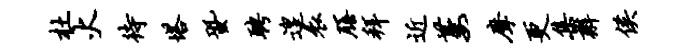
杜火待塔蛩聘遑表膳拜近萋摩更集辫侯